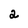
Character: 2